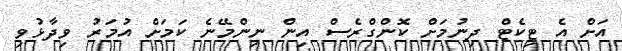
އަށް އެ ޓިކެޓް ދިނުމަށް ކޮންގްރެސް އިން ނިންމޭނެ ކަމަށް އުމަރު ވިދާޅުވި